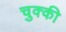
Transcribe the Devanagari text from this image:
चुक्की